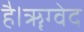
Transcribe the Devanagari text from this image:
है।ॠग्वेद